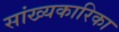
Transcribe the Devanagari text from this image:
सांख्‍यकारिका